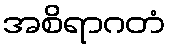
အစိရာဂတံ